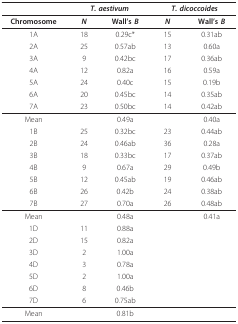
<table><thead><tr><td>[EMPTY_CELL]</td><td colspan="2"><b><i>T. aestivum</i></b></td><td colspan="2"><b><i>T. dicoccoides</i></b></td></tr></thead><tbody><tr><td><b>Chromosome</b></td><td><b><i>N</i></b></td><td><b>Wall's <i>B</i></b></td><td><i><b>N</b></i></td><td><b>Wall's <i>B</i></b></td></tr><tr><td>1A</td><td>18</td><td>0.29c*</td><td>15</td><td>0.31ab</td></tr><tr><td>2A</td><td>25</td><td>0.57ab</td><td>13</td><td>0.60a</td></tr><tr><td>3A</td><td>9</td><td>0.42bc</td><td>17</td><td>0.36ab</td></tr><tr><td>4A</td><td>12</td><td>0.82a</td><td>16</td><td>0.59a</td></tr><tr><td>5A</td><td>24</td><td>0.40c</td><td>15</td><td>0.19b</td></tr><tr><td>6A</td><td>20</td><td>0.45bc</td><td>14</td><td>0.35ab</td></tr><tr><td>7A</td><td>23</td><td>0.50bc</td><td>14</td><td>0.42ab</td></tr><tr><td>Mean</td><td>[EMPTY_CELL]</td><td>0.49a</td><td>[EMPTY_CELL]</td><td>0.40a</td></tr><tr><td>1B</td><td>25</td><td>0.32bc</td><td>23</td><td>0.44ab</td></tr><tr><td>2B</td><td>24</td><td>0.46ab</td><td>36</td><td>0.28a</td></tr><tr><td>3B</td><td>18</td><td>0.33bc</td><td>17</td><td>0.37ab</td></tr><tr><td>4B</td><td>9</td><td>0.67a</td><td>29</td><td>0.49b</td></tr><tr><td>5B</td><td>12</td><td>0.45ab</td><td>19</td><td>0.46ab</td></tr><tr><td>6B</td><td>26</td><td>0.42b</td><td>24</td><td>0.38ab</td></tr><tr><td>7B</td><td>27</td><td>0.70a</td><td>26</td><td>0.48ab</td></tr><tr><td>Mean</td><td>[EMPTY_CELL]</td><td>0.48a</td><td>[EMPTY_CELL]</td><td>0.41a</td></tr><tr><td>1D</td><td>11</td><td>0.88a</td><td>[EMPTY_CELL]</td><td>[EMPTY_CELL]</td></tr><tr><td>2D</td><td>15</td><td>0.82a</td><td>[EMPTY_CELL]</td><td>[EMPTY_CELL]</td></tr><tr><td>3D</td><td>2</td><td>1.00a</td><td>[EMPTY_CELL]</td><td>[EMPTY_CELL]</td></tr><tr><td>4D</td><td>3</td><td>0.78a</td><td>[EMPTY_CELL]</td><td>[EMPTY_CELL]</td></tr><tr><td>5D</td><td>2</td><td>1.00a</td><td>[EMPTY_CELL]</td><td>[EMPTY_CELL]</td></tr><tr><td>6D</td><td>8</td><td>0.46b</td><td>[EMPTY_CELL]</td><td>[EMPTY_CELL]</td></tr><tr><td>7D</td><td>6</td><td>0.75ab</td><td>[EMPTY_CELL]</td><td>[EMPTY_CELL]</td></tr><tr><td>Mean</td><td>[EMPTY_CELL]</td><td>0.81b</td><td>[EMPTY_CELL]</td><td>[EMPTY_CELL]</td></tr></tbody></table>